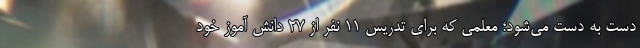
دست به دست می‌شود؛ معلمی که برای تدریس ۱۱ نفر از ۲۷ دانش آموز خود